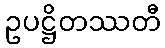
ဥပဋ္ဌိတဿတီ